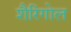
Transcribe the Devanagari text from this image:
शैरिंगोल